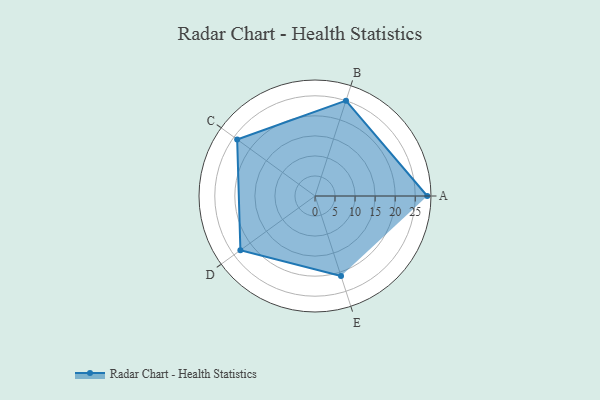
{"axis": {"x": "Skill", "y": "Score"}, "legend": ["Profile"], "data": [{"x": "A", "y": 28.0, "type": "Profile"}, {"x": "B", "y": 25.0, "type": "Profile"}, {"x": "C", "y": 24.0, "type": "Profile"}, {"x": "D", "y": 23.0, "type": "Profile"}, {"x": "E", "y": 21.0, "type": "Profile"}]}